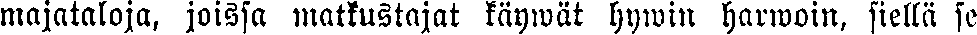
majataloja, joissa matkustajat käywät hywin harwoin, siellä se